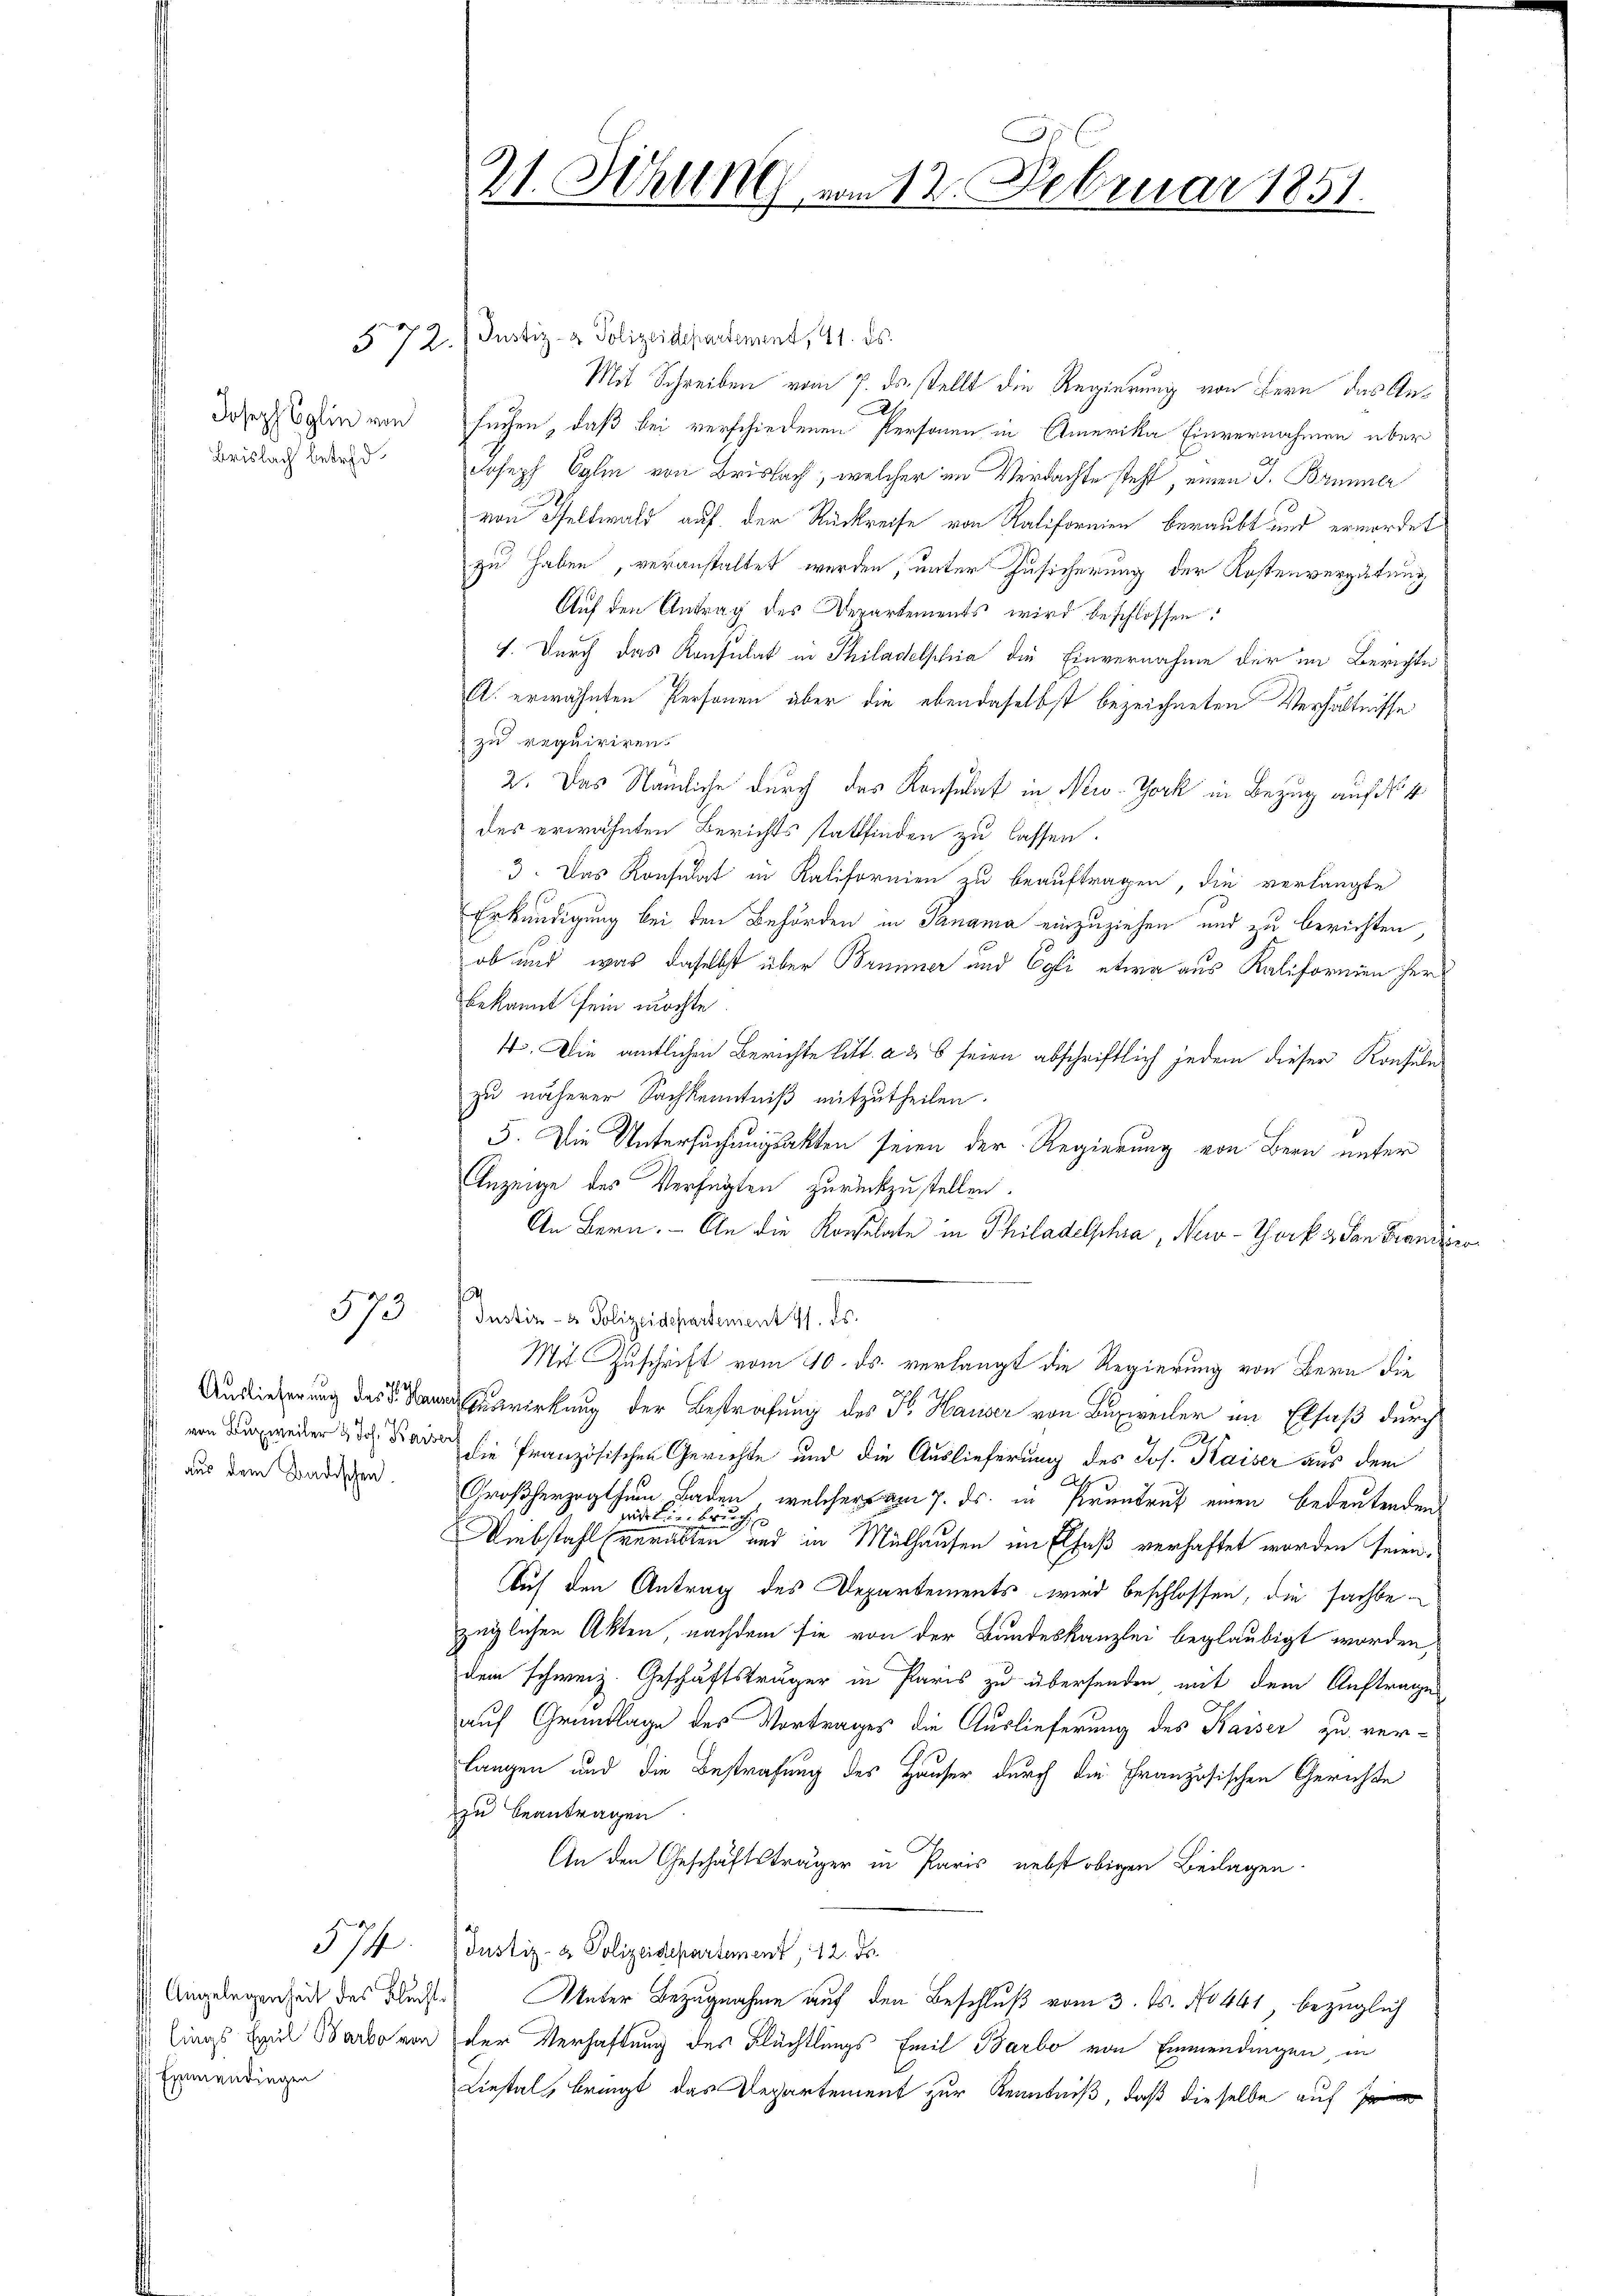
Brislach betref¬

573

aus dem Badischen.

574
 Examendingen

57 Z. (Justiz- & Polizeidepartement, 41. ds.
Mit Schreiben vom 7. ds. stellt die Regierung von Bern das An¬
Josenglin von suchen, daß bei verschiedenen Personen in Amerika Einvernahmen über
Joseph Egli von Brislach, welcher im Verdachte steht, einen J. Brunner
von Theltwald auf der Rückreise von Kalifornien beraubt und ermordet
zu haben, veranstaltet werden, unter Zusicherung der Kostenvergütung
Auf den Antrag des Departements wird beschlossen:
1. Durch das Konsulat in Philadelstria die Einvernahme der im Berichte
A. erwähnten Personen über die ebendaselbst bezeichneten Verhältnisse
zu requiriren.
2. Das Nämliche durch das Konsulat in New-York in Bezug auf No 4
des erwähnten Berichts stattfinden zu lassen.
3. Das Konsulat in Kalifornien zu beauftragen, die verlangte
Erkundigung bei den Behörden in Tanama einzuziehen und zu berichten,
ob und was daselbst über Brunner und Egli etwa aus Kalifornien her
bekannt sein möchte
1. Die amtlichen Berichte litt. a 26 seien abschriftlich jedem dieser Konsuln
zu näherer Sachkenntniß mitzutheilen.
5. Die Untersuchungsakten seien der Regierung von Bern unter
Anzeige des Verfügten zurückzustellen.
An Bern. - An die Konsulate in Philadelphia, New-York & an Francier
Justiz- & Polizeidepartement 7. ds.
Mit Zuschrift vom 10. ds. verlangt die Regierung von Bern die
rkung der Bestrafung des H. Hauser von Busweiler im Elsaß durch
von der weder d. d. Band sie französischen Gerichte und die Auslieferung des Jos. Kaiser aus dem
d
Großherzogthum Baden, welcher am 7. ds. in Prentrut einen bedeutenden
sitin bruch
Umbstahl verabten und in Mülhausen im Elsaß verhaftet worden seien,
Auf den Antrag des Departements wird beschlossen, die sachbezüglichen Akten, nachdem sie von der Bundeskanzlei beglaubigt worden,
dem schweiz. Geschäftsträger in Paris zu übersenden mit dem Auftrage
auf Grundlage des Vortrages die Auslieferung des Kaiser zu ver-
langen und die Bestrafung des Hauser durch die Französischen Gerichte
zu beantragen.
An den Geschäftsträger in Paris, nebst obigen Beilagen.
Justiz- & Polizeisepartement, 12. ds.
Angelegenheit des Buche Unter Bezugnahme auf den Beschluß vom 3. ds. No 441, bezüglich
d lings Emil Barto von der Verhaftung des Flüchtlings Emil Barbo von Einwendingen, in
Liestal, bringt das Departement zur Kenntniß, daß dieselbe auf

.
21. Sitzung vom 12. Februar 1851.